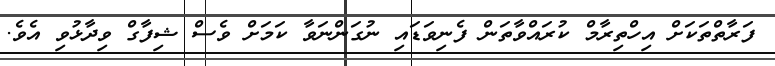
ފަރާތްތަކަށް އިހްތިރާމް ކުރައްވާތަން ފެނިވަޑައި ނުގަންނަވާ ކަމަށް ވެސް ޝިފާގް ވިދާޅުވި އެވެ.